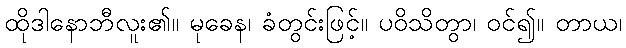
ထိုဒါနောဘီလူး၏။ မုခေန၊ ခံတွင်းဖြင့်။ ပဝိသိတွာ၊ ဝင်၍။ တာယ၊